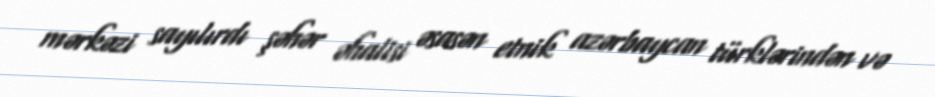
mərkəzi sayılırdı şəhər əhalisi əsasən etnik azərbaycan türklərindən və